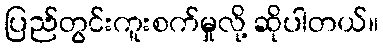
ပြည်တွင်းကူးစက်မှုလို့ ဆိုပါတယ်။